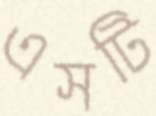
এসটি